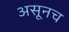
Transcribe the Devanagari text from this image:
असूनच